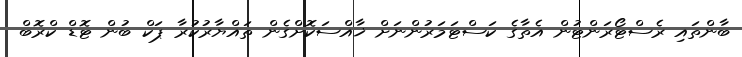
ބާންތައި ރެސްޓޯރަންޓުން އެތާގެ ކަސްޓަމަރުންނަށް ޚާއްސަކޮށްގެން ތައްޔާރުކުރާ ޕަކް ބުން ޓޮޑް ކްރޮބް